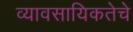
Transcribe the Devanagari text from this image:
व्यावसायिकतेचे